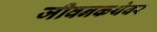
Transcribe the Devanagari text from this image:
जीवनकथेवर